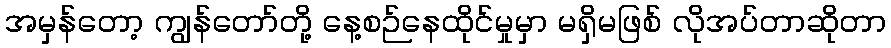
အမှန်တော့ ကျွန်တော်တို့ နေ့စဉ်နေထိုင်မှုမှာ မရှိမဖြစ် လိုအပ်တာဆိုတာ